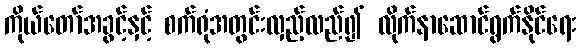
ကိုယ်တော်အခွင့်နှင့် စက်ရုံအတွင်းလှည့်လည်၍ လိုက်နာဆောင်ရွက်နိုင်ရေး